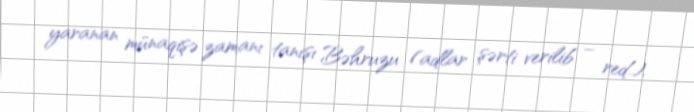
yaranan münaqişə zamanı tanışı Bəhruzu (adlar şərti verilib – red.).